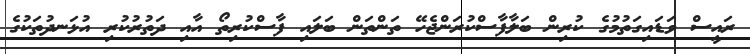
ރައީސް ވަޑައިގަތުމުގެ ކުރިން ބަލާފާސްކުރަންޖެހޭ ތަންތަން ބަލައި ފާސްކުރިތޯ އާއި ދަތުރުކުރި އުޅަނދުތަކުގެ